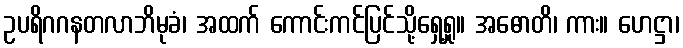
ဥပရိဂဂနတလာဘိမုခံ၊ အထက် ကောင်းကင်ပြင်သို့ရှေ့ရှု။ အဓောတိ၊ ကား။ ဟေဋ္ဌာ၊